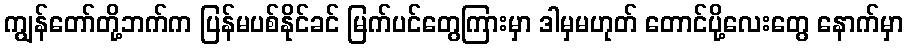
ကျွန်တော်တို့ဘက်က ပြန်မပစ်နိုင်ခင် မြက်ပင်တွေကြားမှာ ဒါမှမဟုတ် တောင်ပို့လေးတွေ နောက်မှာ